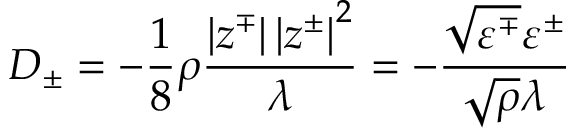
D _ { \pm } = - \frac { 1 } { 8 } \rho \frac { \left| z ^ { \mp } \right| \left| z ^ { \pm } \right| ^ { 2 } } { \lambda } = - \frac { \sqrt { \varepsilon ^ { \mp } } \varepsilon ^ { \pm } } { \sqrt { \rho } \lambda }